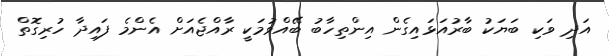
އަދި ވަކި ބަޔަކު ބާރުއަޅައިގެން އިންތިހާބު ބޭއްވުމަކީ ރާއްޖެއަށް އެންމެ ފައިދާ ހުރިގޮތް